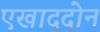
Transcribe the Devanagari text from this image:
एखाददोन